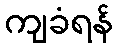
ကျခံရန်